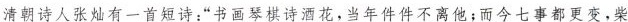
清朝诗人张灿有一首短诗:“书画琴棋诗酒花，当年件件不离他;而今七事都更变，柴